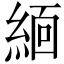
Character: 𬗟